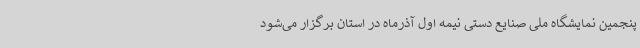
پنجمین نمایشگاه ملی صنایع دستی نیمه اول آذرماه در استان برگزار می‌شود